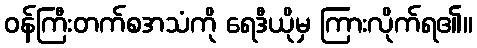
ဝန်ကြီးတက်စအသံကို ရေဒီယိုမှ ကြားလိုက်ရ၏။